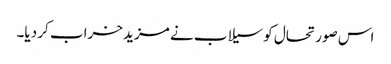
اس صورتحال کو سیلاب نے مزید خراب کر دیا۔